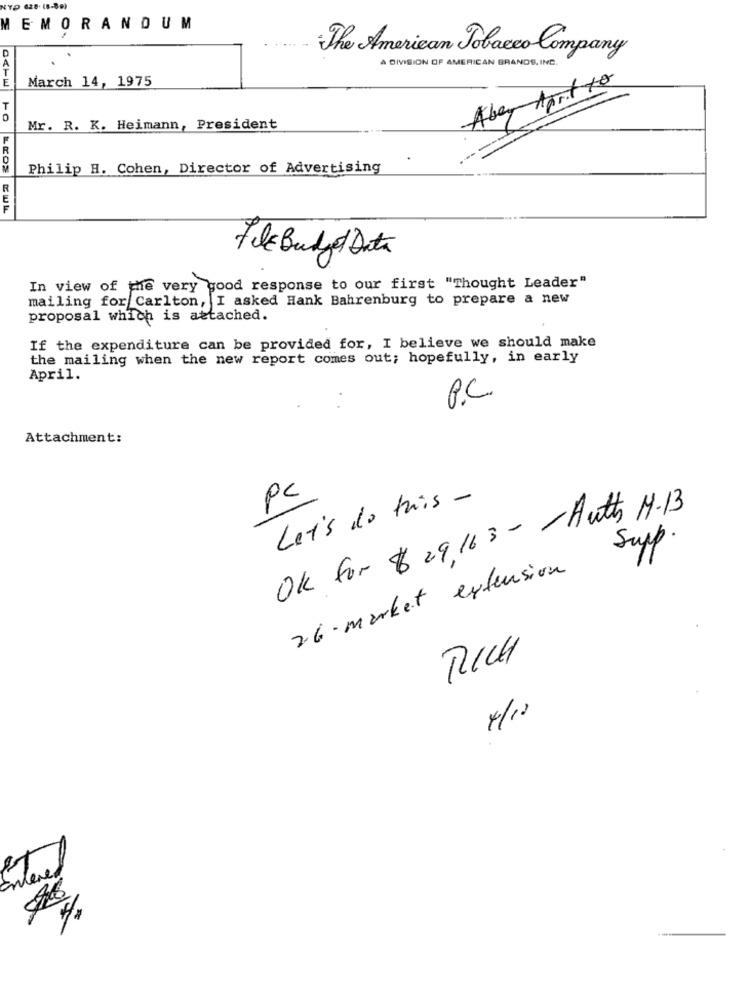
MEMORANDUM
D
The American Tobacco Company
A DIVISION OF AMERICAN BRANDS, INC.
E
March 14, 1975
Abey Mart te
10
Mr. R. K. Heimann, President
Philip H. Cohen, Director of Advertising
File Budget Data
In view of the very good response to our first "Thought Leader"
mailing for Carlton, I asked Hank Bahrenburg to prepare a new
proposal which is attached.
If the expenditure can be provided for, I believe we should make
the mailing when the new report comes out; hopefully, in early
April.
P.C
Attachment:
Pc
Let's do this -
OK for $29,163- Auth M-13
Supp.
26- market extension
RICH
4/12
---